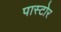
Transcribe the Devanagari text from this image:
पास्टोर